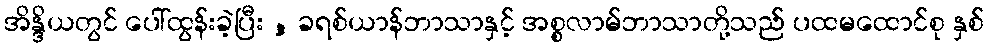
အိန္ဒိယတွင် ပေါ်ထွန်းခဲ့ပြီး , ခရစ်ယာန်ဘာသာနှင့် အစ္စလာမ်ဘာသာတို့သည် ပထမထောင်စု နှစ်